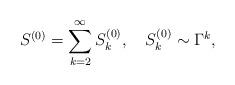
LaTeX: \begin{align*}S^{(0)}=\sum_{k=2}^\infty S^{(0)}_k,\quad S^{(0)}_k\sim \Gamma^k,\end{align*}